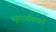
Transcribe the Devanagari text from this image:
बहुपत्‍नीकत्वाचे